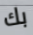
بك